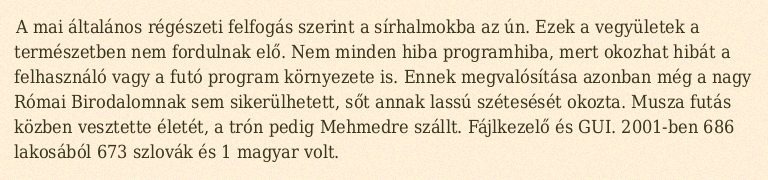
A mai általános régészeti felfogás szerint a sírhalmokba az ún. Ezek a vegyületek a természetben nem fordulnak elő. Nem minden hiba programhiba, mert okozhat hibát a felhasználó vagy a futó program környezete is. Ennek megvalósítása azonban még a nagy Római Birodalomnak sem sikerülhetett, sőt annak lassú szétesését okozta. Musza futás közben vesztette életét, a trón pedig Mehmedre szállt. Fájlkezelő és GUI. 2001-ben 686 lakosából 673 szlovák és 1 magyar volt.